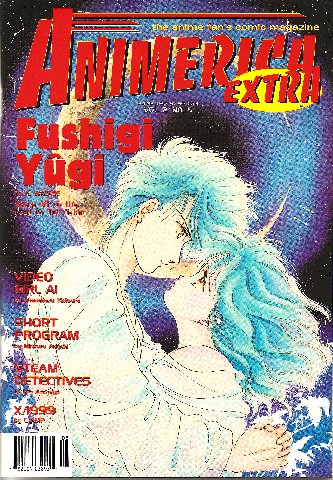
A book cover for Animerica Extra (Volume 2, No. 5); Animerica; Comics & Graphic Novels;